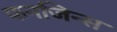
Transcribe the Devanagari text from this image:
फनजिन्स